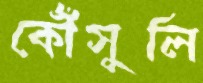
কৌঁসুলি